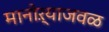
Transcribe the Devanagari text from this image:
मानोऱ्याजवळ